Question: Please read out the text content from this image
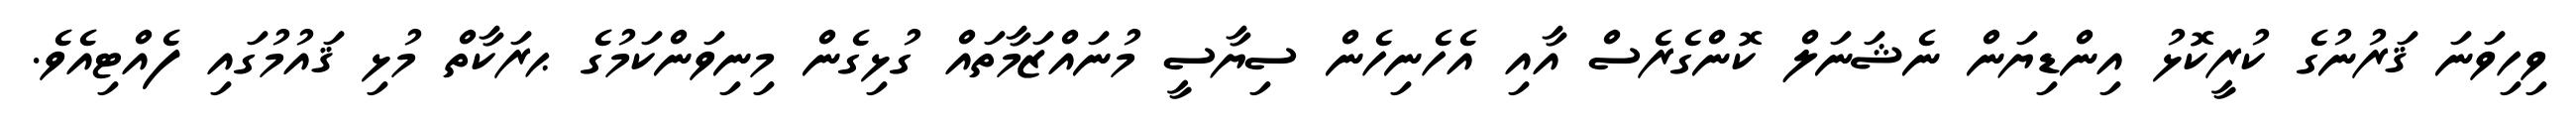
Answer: ވިހިވަނަ ޤަރުނުގެ ކުރީކޮޅު އިންޑިޔަން ނެޝަނަލް ކޮންގެރެސް އާއި އެހެނިހެން ސިޔާސީ މުނައްޒަމާތައް ގުޅިގެން މިނިވަންކަމުގެ ޙރަކާތް މުޅި ޤައުމުގައި ފެއްޓިއެވެ.